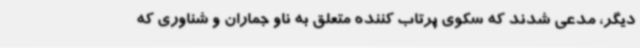
دیگر، مدعی شدند که سکوی پرتاب کننده متعلق به ناو جماران و شناوری که